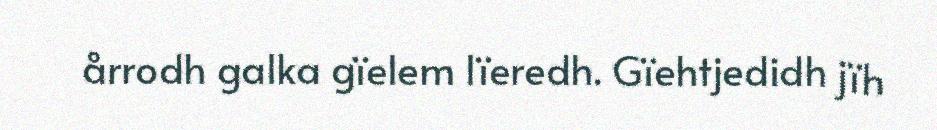
årrodh galka gïelem lïeredh. Gïehtjedidh jïh